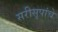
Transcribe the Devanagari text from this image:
सरीसृपांचे